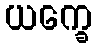
ယက္ခေ